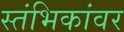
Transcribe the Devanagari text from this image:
स्तंभिकांवर